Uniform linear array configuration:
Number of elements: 64
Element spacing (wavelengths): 0.25
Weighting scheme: hann
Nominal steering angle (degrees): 45
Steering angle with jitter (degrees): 46.375
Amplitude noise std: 0.05
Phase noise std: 0.05

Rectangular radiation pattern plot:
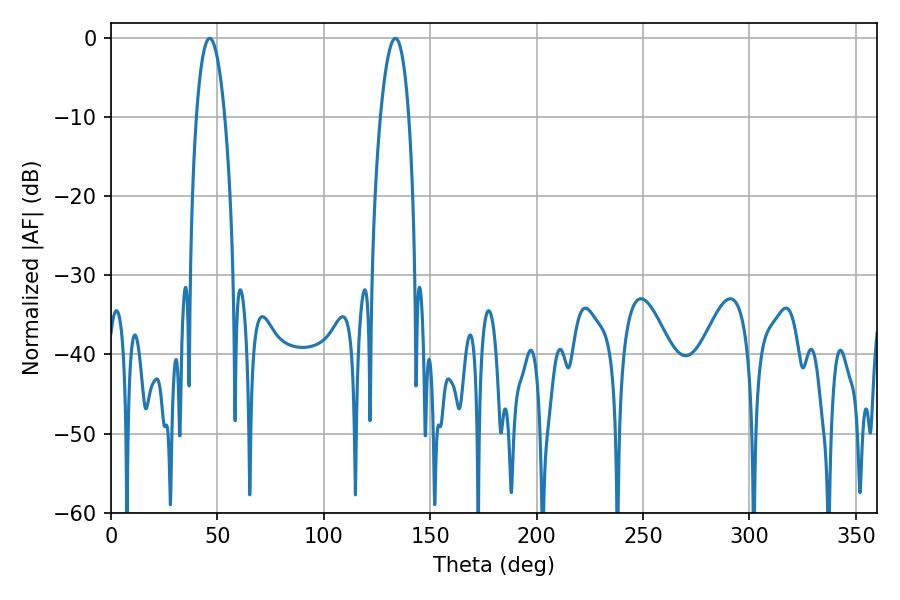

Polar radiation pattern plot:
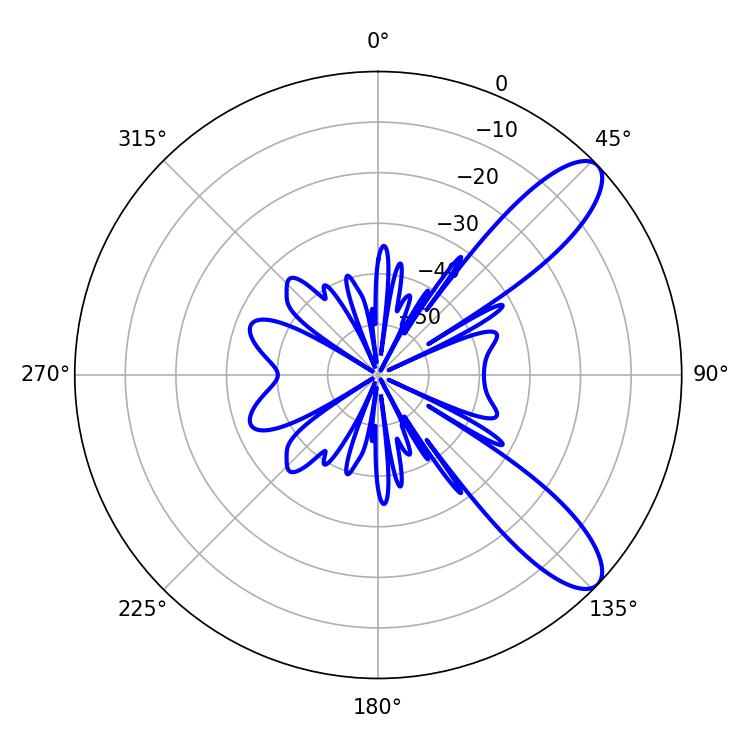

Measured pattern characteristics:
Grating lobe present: FALSE
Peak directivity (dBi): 9.979
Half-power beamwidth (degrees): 7.38
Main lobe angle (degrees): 133.56